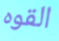
القوه